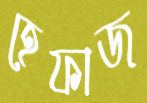
হেফাজ